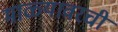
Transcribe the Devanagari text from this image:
माळ्यावरची